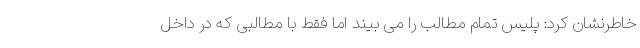
خاطرنشان کرد: پلیس تمام مطالب را می بیند اما فقط با مطالبی که در داخل